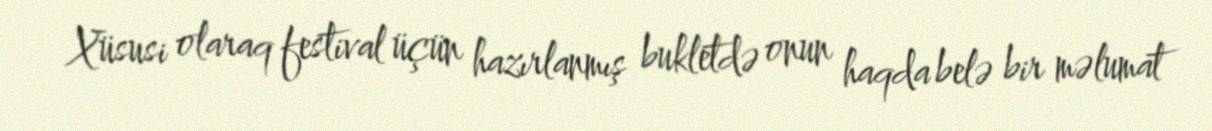
Xüsusi olaraq festival üçün hazırlanmış bukletdə onun haqda belə bir məlumat